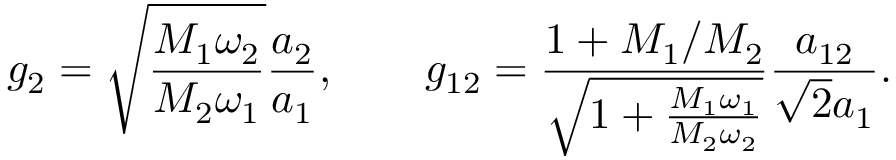
g _ { 2 } = \sqrt { \frac { M _ { 1 } \omega _ { 2 } } { M _ { 2 } \omega _ { 1 } } } \frac { a _ { 2 } } { a _ { 1 } } , \qquad g _ { 1 2 } = \frac { 1 + M _ { 1 } / M _ { 2 } } { \sqrt { 1 + \frac { M _ { 1 } \omega _ { 1 } } { M _ { 2 } \omega _ { 2 } } } } \frac { a _ { 1 2 } } { \sqrt { 2 } a _ { 1 } } .